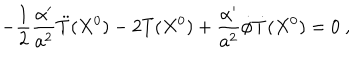
LaTeX: - \frac { 1 } { 2 } \frac { \alpha ^ { \prime } } { a ^ { 2 } } \ddot { T } ( X ^ { 0 } ) - 2 T ( X ^ { 0 } ) + \frac { \alpha ^ { \prime } } { a ^ { 2 } } \dot { \phi } \dot { T } ( X ^ { 0 } ) = 0 \ ,